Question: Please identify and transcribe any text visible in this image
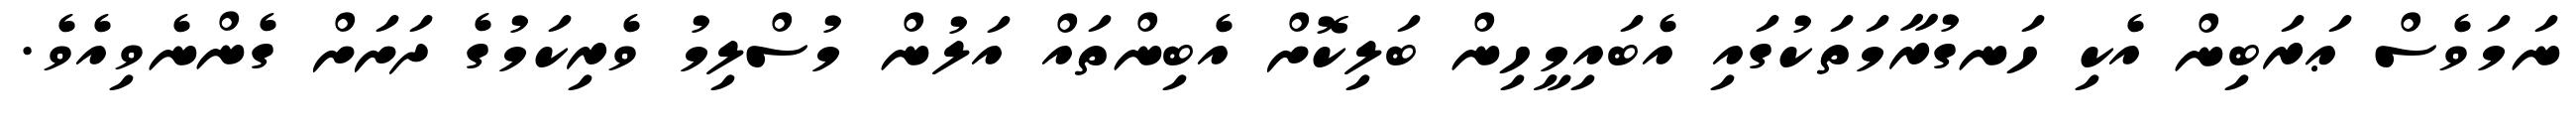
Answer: ނަމަވެސް ޢަރަބިން އެކި ހަނގުރާމަތަކުގައި އެބައިމީހިން ބަލިކޮށް އެބިންތައް އަލުން މުސްލިމު ވެރިކަމުގެ ދަށަށް ގެންނެވިއެވެ.